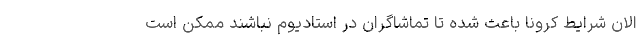
الان شرایط کرونا باعث شده تا تماشاگران در استادیوم نباشند ممکن است